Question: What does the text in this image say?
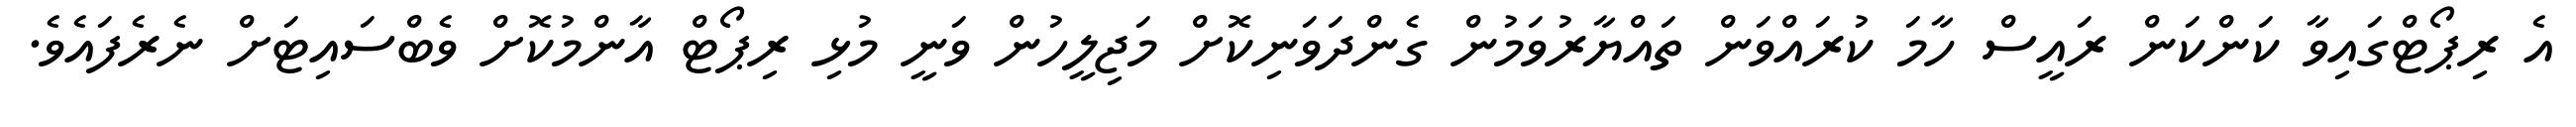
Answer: އެ ރިޕޯޓްގައިވާ ކަންކަން ރައީސް ހާމަ ކުރައްވަން ތައްޔާރުވަމުން ގެންދަވަނިކޮށް މަޖިލީހުން ވަނީ މުޅި ރިޕޯޓް އާންމުކޮށް ވެބްސައިޓަށް ނެރެފައެވެ.